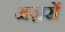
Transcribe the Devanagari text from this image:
अज़रों